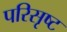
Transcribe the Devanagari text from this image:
परिसृष्ट